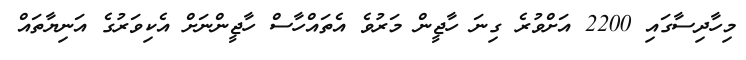
މިހާދިސާގައި 2200 އަށްވުރެ ގިނަ ހާޖީން މަރުވެ އެތައްހާސް ހާޖީންނަށް އެކިވަރުގެ އަނިޔާތައް